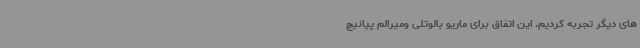
های دیگر تجربه کردیم. این اتفاق برای ماریو بالوتلی ومیرالم پیانیچ